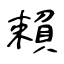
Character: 賴